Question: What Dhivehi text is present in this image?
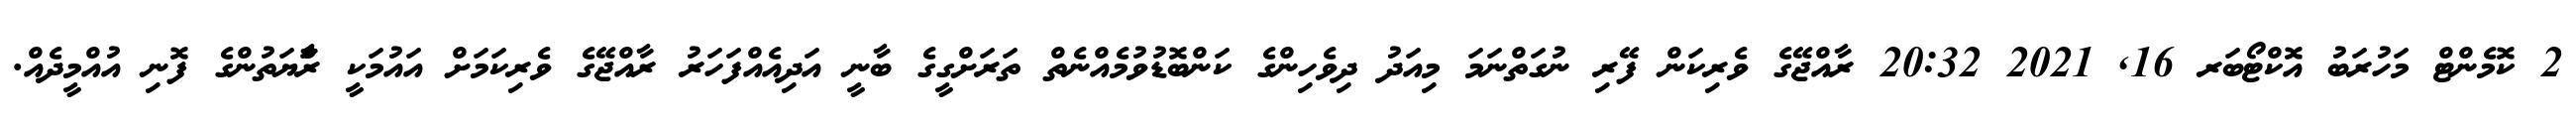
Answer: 2 ކޮމެންޓް މަހުރަބު އޮކްޓޯބަރ 16, 2021 20:32 ރާއްޖޭގެ ވެރިކަން ފޭރި ނުގަތްނަމަ މިއަދު ދިވެހިންގެ ކަންބޮޑުވުމެއްނެތް ތަރަށްގީގެ ބާނީ އަދިއެއްފަހަރު ރާއްޖޭގެ ވެރިކަމަށް އައުމަކީ ރަާްޔަތުންގެ ފޮނި އުއްމީދެއް.